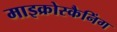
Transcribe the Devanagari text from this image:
माइक्रोस्कैनिंग